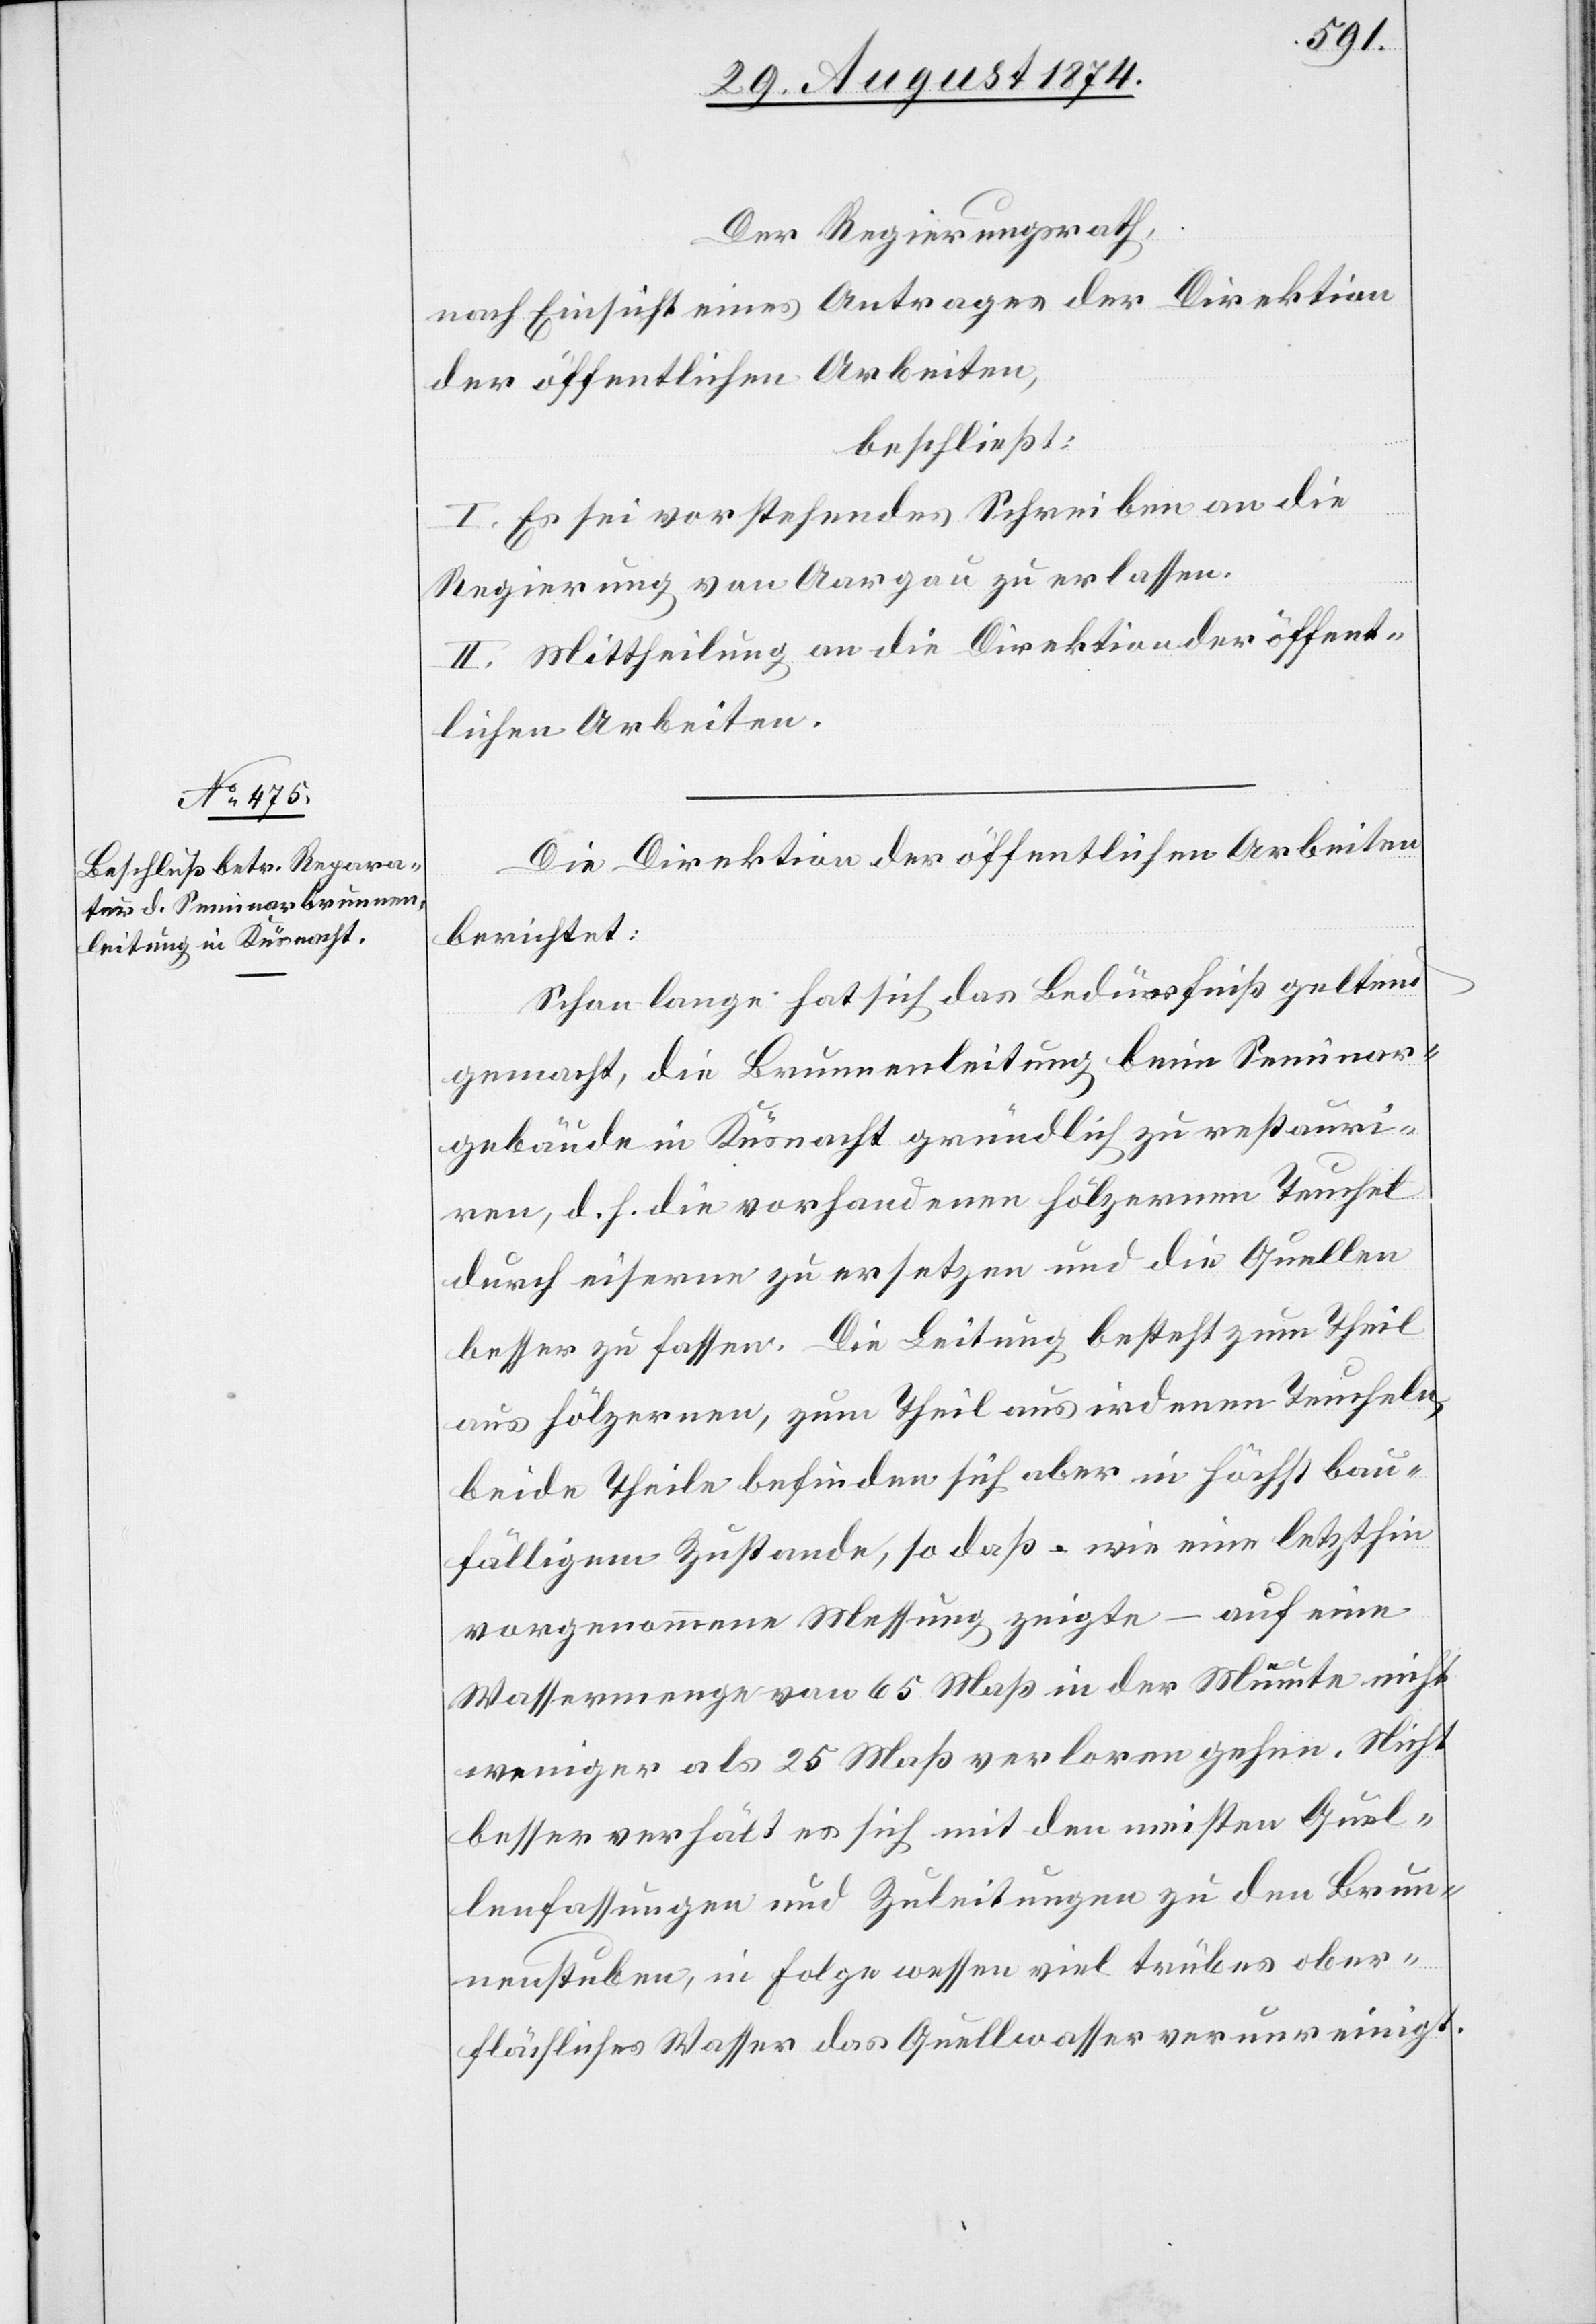
Der Regierungsrath,
nach Einsicht eines Antrages der Direktion
der öffentlichen Arbeiten,
beschließt:
I. Es sei vorstehendes Schreiben an die
Regierung von Aargau zu erlassen.
II. Mittheilung an die Direktion der öffent¬
lichen Arbeiten.
Die Direktion der öffentlichen Arbeiten
berichtet:
Schon lange hat sich das Bedürfniß geltend
gemacht, die Brunnenleitung beim Seminar¬
gebäude in Küsnacht gründlich zu restauri¬
ren, d. h. die vorhandenen hölzernen Teuchel
durch eiserne zu ersetzen und die Quellen
besser zu fassen. Die Leitung besteht zum Theil
aus hölzernen, zum Theil aus irdenen Teucheln,
beide Theile befinden sich aber in höchst bau¬
fälligem Zustande, so daß wie eine letzthin
vorgenommene Messung zeigte – auf eine
Wassermenge von 65 Maß in der Minute nicht
weniger als 25 Maß verloren gehen. Nicht
besser verhält es sich mit den meisten Quel¬
lenfassungen und Zuleitungen zu den Brun¬
nenstuben, in Folge wessen viel trübes ober¬
flächliches Wasser das Quellwasser verunreinigt.